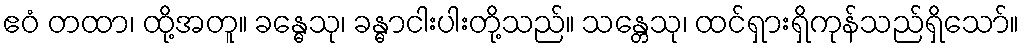
ဧဝံ တထာ၊ ထို့အတူ။ ခန္ဓေသု၊ ခန္ဓာငါးပါးတို့သည်။ သန္တေသု၊ ထင်ရှားရှိကုန်သည်ရှိသော်။